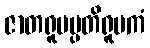
ဇာတရူပပ္ပတိရူပကံ